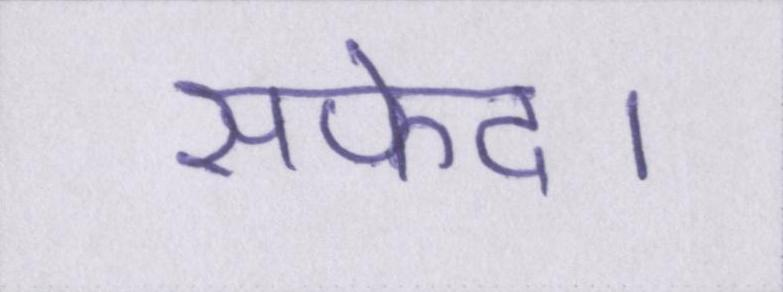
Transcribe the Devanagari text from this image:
सफेद।